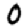
Digit: 0